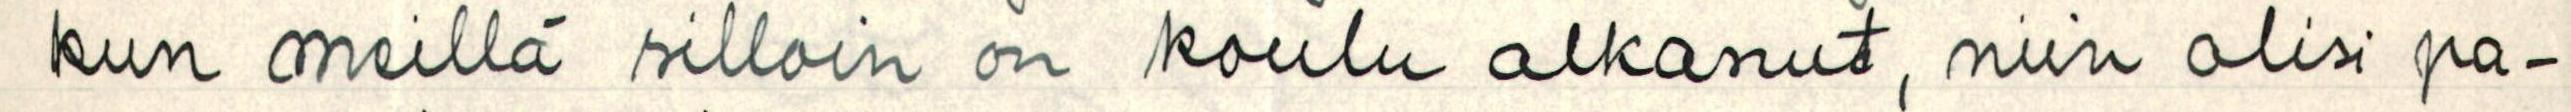
kun meillä silloin on koulu alkanut, niin olisi pa-